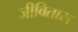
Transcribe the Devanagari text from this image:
जीवितास